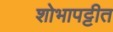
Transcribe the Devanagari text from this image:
शोभापट्टीत